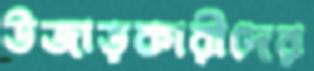
উজাড়কারীদের